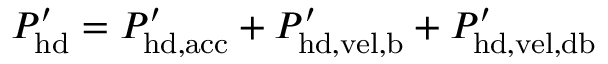
P _ { \mathrm { h d } } ^ { \prime } = P _ { \mathrm { h d , a c c } } ^ { \prime } + P _ { \mathrm { h d , v e l , b } } ^ { \prime } + P _ { \mathrm { h d , v e l , d b } } ^ { \prime }